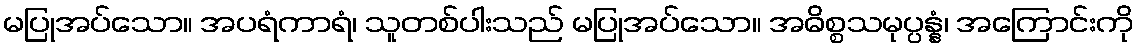
မပြုအပ်သော။ အပရံကာရံ၊ သူတစ်ပါးသည် မပြုအပ်သော။ အဓိစ္စသမုပ္ပန္နံ၊ အကြောင်းကို